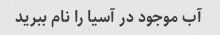
آب موجود در آسیا را نام ببرید